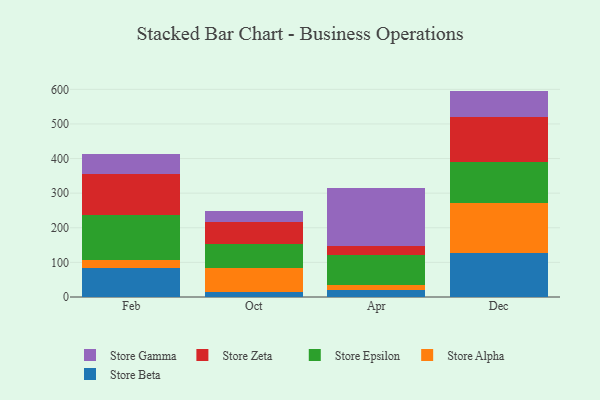
{"axis": {"x": "Month", "y": "Production Output"}, "legend": ["Store Alpha", "Store Beta", "Store Epsilon", "Store Gamma", "Store Zeta"], "data": [{"x": "Feb", "y": 82.5, "type": "Store Beta"}, {"x": "Feb", "y": 23.3, "type": "Store Alpha"}, {"x": "Feb", "y": 131.6, "type": "Store Epsilon"}, {"x": "Feb", "y": 116.6, "type": "Store Zeta"}, {"x": "Feb", "y": 60.2, "type": "Store Gamma"}, {"x": "Oct", "y": 13.2, "type": "Store Beta"}, {"x": "Oct", "y": 71.2, "type": "Store Alpha"}, {"x": "Oct", "y": 69.9, "type": "Store Epsilon"}, {"x": "Oct", "y": 62.5, "type": "Store Zeta"}, {"x": "Oct", "y": 31.5, "type": "Store Gamma"}, {"x": "Apr", "y": 21.1, "type": "Store Beta"}, {"x": "Apr", "y": 13.9, "type": "Store Alpha"}, {"x": "Apr", "y": 87.3, "type": "Store Epsilon"}, {"x": "Apr", "y": 25.9, "type": "Store Zeta"}, {"x": "Apr", "y": 165.8, "type": "Store Gamma"}, {"x": "Dec", "y": 128.5, "type": "Store Beta"}, {"x": "Dec", "y": 142.4, "type": "Store Alpha"}, {"x": "Dec", "y": 118.7, "type": "Store Epsilon"}, {"x": "Dec", "y": 131.5, "type": "Store Zeta"}, {"x": "Dec", "y": 74.5, "type": "Store Gamma"}]}